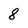
Character: 8